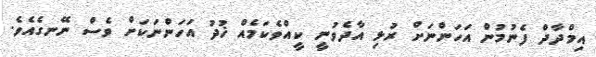
އިމްދާދް ފެނުމުން އަހަންނަށް ރުޅި އާދެވުނީ ކީއްވެކަމެއް ޚުދު އަހަންނަކަށް ވެސް ނޭނގެއެވެ.